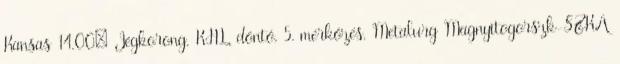
Kansas 14.00: Jégkorong, KHL, döntő, 5. mérkőzés, Metalurg Magnyitogorszk-SZKA